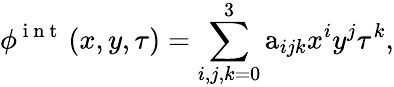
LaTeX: \phi^{\mathrm{~i~n~t~}}\left(x,y,\tau\right)=\sum_{i,j,k=0}^{3}\mathrm{a}_{ijk}x^{i}y^{j}\tau^{k},